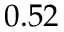
0 . 5 2